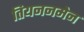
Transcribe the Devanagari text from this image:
तियननमेन